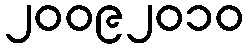
၂၀၀၉၂၀၁၀